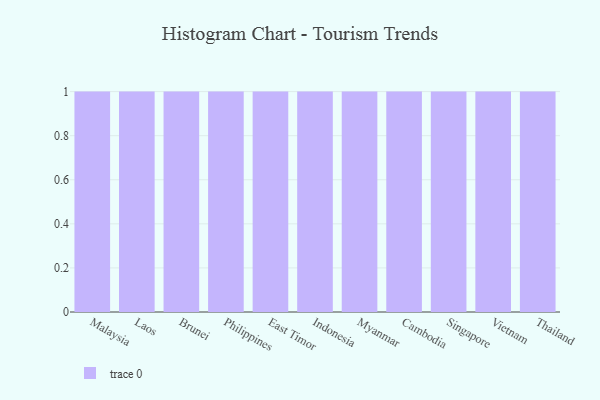
{"axis": {"x": "Country", "y": "Latency (ms)"}, "legend": [""], "data": [{"x": "Malaysia", "y": 56, "type": ""}, {"x": "Laos", "y": 61, "type": ""}, {"x": "Brunei", "y": 24, "type": ""}, {"x": "Philippines", "y": 12, "type": ""}, {"x": "East Timor", "y": 5, "type": ""}, {"x": "Indonesia", "y": 87, "type": ""}, {"x": "Myanmar", "y": 33, "type": ""}, {"x": "Cambodia", "y": 12, "type": ""}, {"x": "Singapore", "y": 97, "type": ""}, {"x": "Vietnam", "y": 42, "type": ""}, {"x": "Thailand", "y": 92, "type": ""}]}